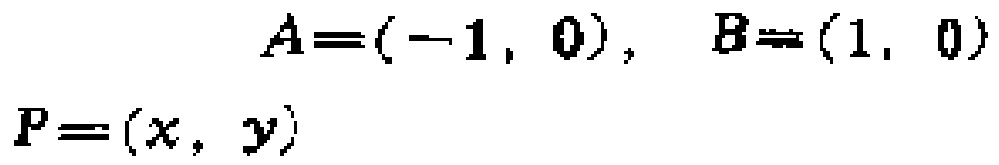
\[
\begin{align*}
A&=(-1,0),\ B=(1,0)\\
P&=(x,y)
\end{align*}
\]